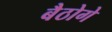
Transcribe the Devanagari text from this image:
बैठोगे